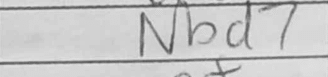
Transcription: Nbd7